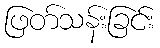
ဖြတ်သန်းခြင်း